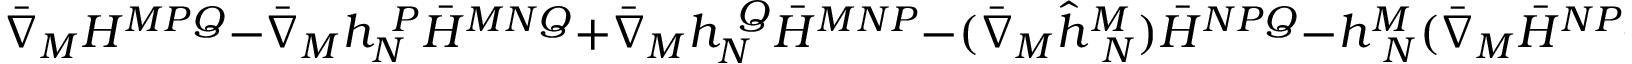
\bar { \nabla } _ { M } { \cal H } ^ { M P Q } - \bar { \nabla } _ { M } h _ { N } ^ { ~ P } \bar { H } ^ { M N Q } + \bar { \nabla } _ { M } h _ { N } ^ { ~ Q } \bar { H } ^ { M N P } - ( \bar { \nabla } _ { M } \hat { h } _ { ~ N } ^ { M } ) \bar { H } ^ { N P Q } - h _ { ~ N } ^ { M } ( \bar { \nabla } _ { M } \bar { H } ^ { N P Q } ) = 0 .